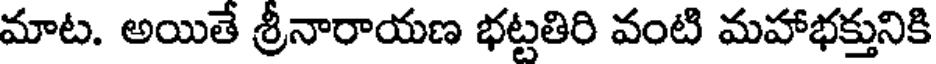
మాట. అయితే శ్రీనారాయణ భట్టతిరి వంటి మహాభక్తునికి